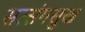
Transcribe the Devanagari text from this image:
सत्संगसुख